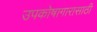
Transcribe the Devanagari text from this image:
उपकोषागारासाठी